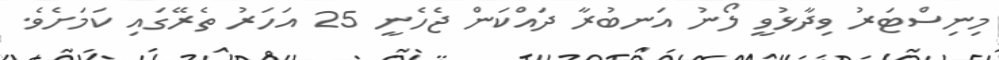
މިނިސްޓަރު ވިދާޅުވީ ލޯނު އަނބުރާ ދައްކަން ޖެހެނީ 25 އަހަރު ތެރޭގައި ކަމަށެވެ.